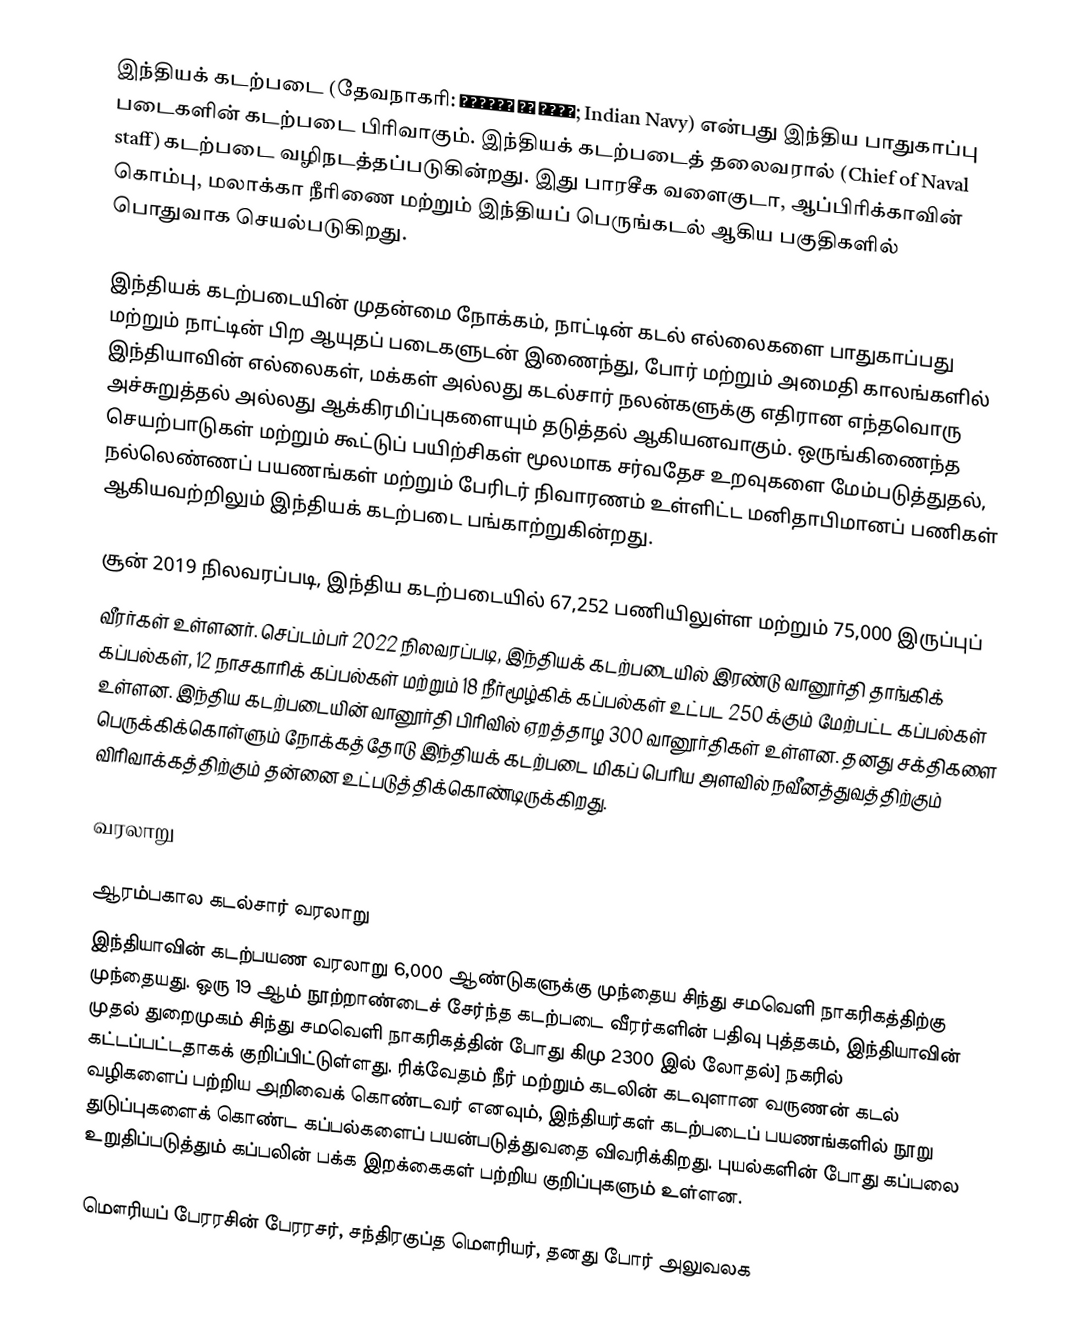
இந்தியக் கடற்படை (தேவநாகரி: भारतीय नौ सेना; Indian Navy) என்பது இந்திய பாதுகாப்பு படைகளின் கடற்படை பிரிவாகும். இந்தியக் கடற்படைத் தலைவரால் (Chief of Naval staff) கடற்படை வழிநடத்தப்படுகின்றது. இது பாரசீக வளைகுடா, ஆப்பிரிக்காவின் கொம்பு, மலாக்கா நீரிணை மற்றும் இந்தியப் பெருங்கடல் ஆகிய பகுதிகளில் பொதுவாக செயல்படுகிறது.

இந்தியக் கடற்படையின் முதன்மை நோக்கம், நாட்டின் கடல் எல்லைகளை பாதுகாப்பது மற்றும் நாட்டின் பிற ஆயுதப் படைகளுடன் இணைந்து, போர் மற்றும் அமைதி காலங்களில் இந்தியாவின் எல்லைகள், மக்கள் அல்லது கடல்சார் நலன்களுக்கு எதிரான எந்தவொரு அச்சுறுத்தல் அல்லது ஆக்கிரமிப்புகளையும் தடுத்தல் ஆகியனவாகும். ஒருங்கிணைந்த செயற்பாடுகள் மற்றும்  கூட்டுப் பயிற்சிகள்  மூலமாக சர்வதேச உறவுகளை மேம்படுத்துதல், நல்லெண்ணப் பயணங்கள் மற்றும் பேரிடர் நிவாரணம் உள்ளிட்ட மனிதாபிமானப் பணிகள் ஆகியவற்றிலும் இந்தியக் கடற்படை பங்காற்றுகின்றது.

சூன் 2019 நிலவரப்படி, இந்திய கடற்படையில் 67,252 பணியிலுள்ள மற்றும் 75,000 இருப்புப்
வீரர்கள் உள்ளனர்.  செப்டம்பர் 2022 நிலவரப்படி, இந்தியக் கடற்படையில் இரண்டு வானூர்தி தாங்கிக் கப்பல்கள், 12 நாசகாரிக் கப்பல்கள் மற்றும் 18 நீர்மூழ்கிக் கப்பல்கள் உட்பட 250 க்கும் மேற்பட்ட கப்பல்கள் உள்ளன. இந்திய கடற்படையின் வானூர்தி பிரிவில் ஏறத்தாழ 300 வானூர்திகள் உள்ளன. தனது சக்திகளை பெருக்கிக்கொள்ளும் நோக்கத்தோடு இந்தியக் கடற்படை மிகப் பெரிய அளவில் நவீனத்துவத்திற்கும் விரிவாக்கத்திற்கும் தன்னை உட்படுத்திக்கொண்டிருக்கிறது.

வரலாறு

ஆரம்பகால கடல்சார் வரலாறு
இந்தியாவின் கடற்பயண வரலாறு 6,000 ஆண்டுகளுக்கு முந்தைய சிந்து சமவெளி நாகரிகத்திற்கு முந்தையது. ஒரு 19 ஆம் நூற்றாண்டைச் சேர்ந்த கடற்படை வீரர்களின் பதிவு புத்தகம், இந்தியாவின் முதல் துறைமுகம் சிந்து சமவெளி நாகரிகத்தின் போது கிமு 2300 இல் லோதல்] நகரில் கட்டப்பட்டதாகக் குறிப்பிட்டுள்ளது. ரிக்வேதம் நீர் மற்றும் கடலின் கடவுளான வருணன் கடல் வழிகளைப் பற்றிய அறிவைக் கொண்டவர் எனவும், இந்தியர்கள் கடற்படைப் பயணங்களில் நூறு துடுப்புகளைக் கொண்ட கப்பல்களைப் பயன்படுத்துவதை விவரிக்கிறது. புயல்களின் போது கப்பலை உறுதிப்படுத்தும் கப்பலின் பக்க இறக்கைகள் பற்றிய குறிப்புகளும் உள்ளன.

மௌரியப் பேரரசின் பேரரசர், சந்திரகுப்த மௌரியர், தனது போர் அலுவலக